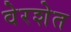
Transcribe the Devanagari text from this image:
वेरशेत